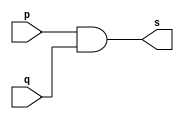
// ------------------------- 
// Exemplo0003 - AND
// Nome: Pedro Henrique Vilar Locatelli 
// ------------------------- 
// ------------------------- 
// -- and gate 
// ------------------------- 
module andgate ( output s, 
input p, 
input q); 
assign s = p & q; 
endmodule // andgate 
// --------------------- 
// -- test and gate 
// --------------------- 
module testandgate; 
// ------------------------- dados locais 
reg a, b; // definir registradores 
wire s; // definir conexao (fio) 
// ------------------------- instancia 
andgate AND1 (s, a, b); 
// ------------------------- preparacao 
initial begin:start 
// atribuicao simultanea 
// dos valores iniciais 
a=0; b=0; 
end 
// ------------------------- parte principal 
initial begin 
$display("Exemplo0003 - Pedro Henrique Vilar Locatelli  - 427453"); 
$display("Test AND gate"); 
$display("\na & b = s\n"); 
a=0; b=0; 
#1 $display("%b & %b = %b", a, b, s); 
a=0; b=1; 
#1 $display("%b & %b = %b", a, b, s); 
a=1; b=0; 
#1 $display("%b & %b = %b", a, b, s); 
a=1; b=1; 
#1 $display("%b & %b = %b", a, b, s); 
end 
endmodule // testandgate